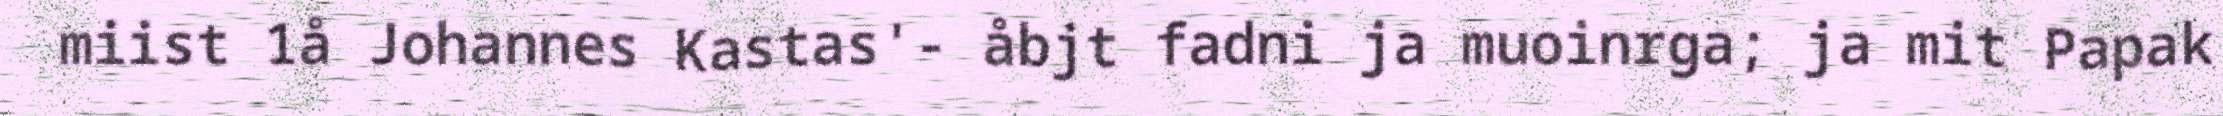
miist 1å Johannes Kastas'- åbjt fadni ja muoinrga; ja mit Papak